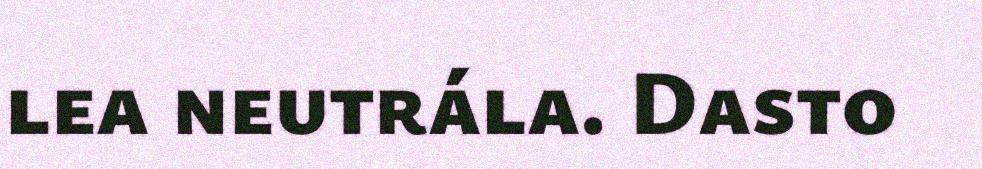
lea neutrála. Dasto